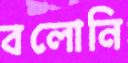
বলোনি